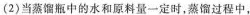
(2)当蒸馏瓶中的水和原料量一定时，蒸馏过程中，